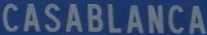
CASABLANCA